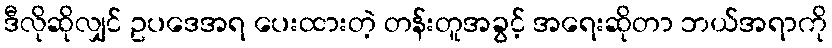
ဒီလိုဆိုလျှင် ဥပဒေအရ ပေးထားတဲ့ တန်းတူအခွင့် အရေးဆိုတာ ဘယ်အရာကို